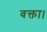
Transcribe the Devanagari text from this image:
वक्ता।